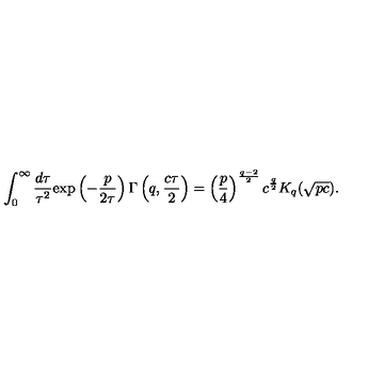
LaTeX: \int _ { 0 } ^ { \infty } \frac { d \tau } { \tau ^ { 2 } } \mathrm { e x p } \left( - \frac { p } { 2 \tau } \right) \Gamma \left( q , \frac { c \tau } 2 \right) = \left( \frac p 4 \right) ^ { \frac { q - 2 } 2 } c ^ { \frac q 2 } K _ { q } ( \sqrt { p c } ) .